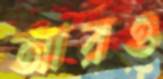
আরও